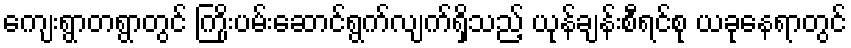
ကျေးရွာတရွာတွင် ကြိုးပမ်းဆောင်ရွက်လျက်ရှိသည့် ယုန်ချန်းစီရင်စု ယခုနေရာတွင်